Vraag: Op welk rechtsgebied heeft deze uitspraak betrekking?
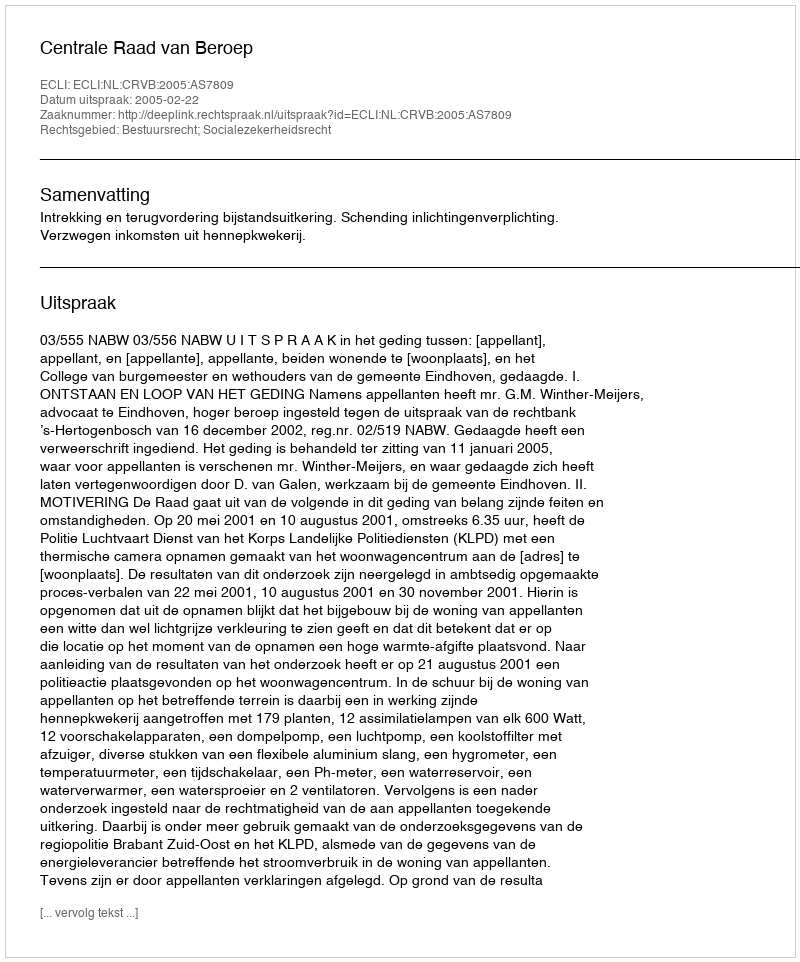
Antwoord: Bestuursrecht; Socialezekerheidsrecht